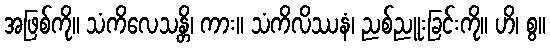
အဖြစ်ကို။ သံကိလေသန္တိ၊ ကား။ သံကိလိဿနံ၊ ညစ်ညူးခြင်းကို။ ဟိ၊ စွ။